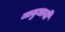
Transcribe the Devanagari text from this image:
जातुधानी